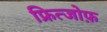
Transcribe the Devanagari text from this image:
फ्रित्जोफ़